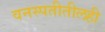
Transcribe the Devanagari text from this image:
वनस्पतीतीलही